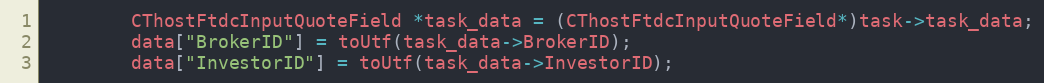
Language: C++
		CThostFtdcInputQuoteField *task_data = (CThostFtdcInputQuoteField*)task->task_data;
		data["BrokerID"] = toUtf(task_data->BrokerID);
		data["InvestorID"] = toUtf(task_data->InvestorID);